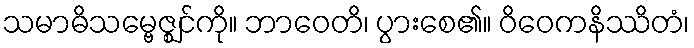
သမာဓိသမ္ဗေဇ္ဈင်ကို။ ဘာဝေတိ၊ ပွားစေ၏။ ဝိဝေကနိဿိတံ၊